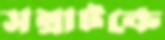
সম্রাটকে